Civil Veterinary Department Bihar & Orissa reports 1911-21 - 1911-1921
Year: 1911
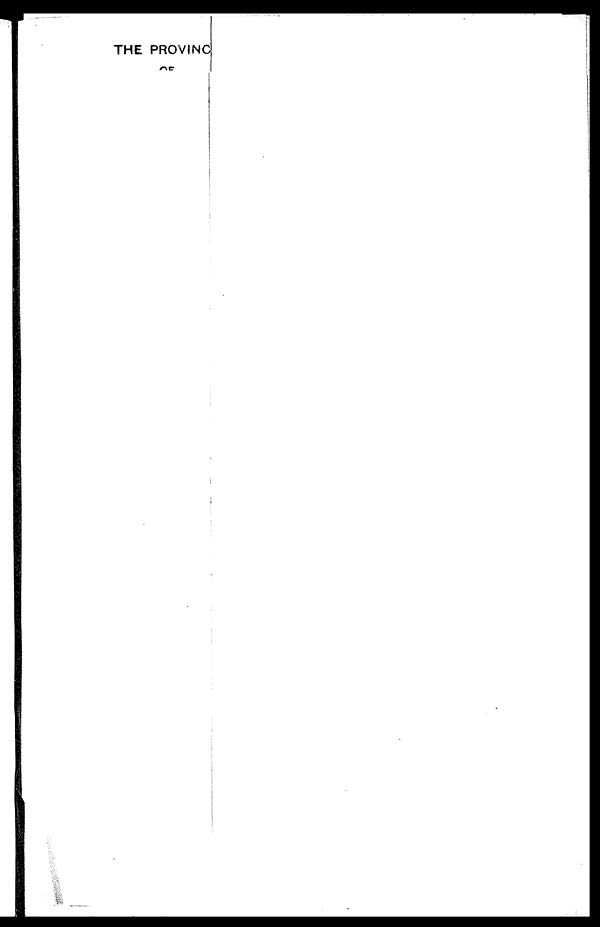
THE PR0VINC